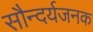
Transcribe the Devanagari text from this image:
सौन्दर्यजनक